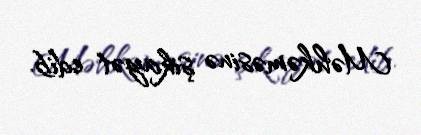
Məhkəməsinə şikayət edib.